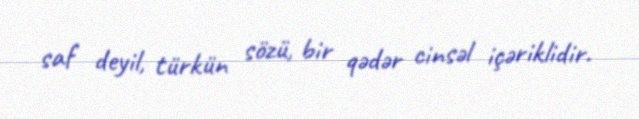
saf deyil, türkün sözü, bir qədər cinsəl içəriklidir.